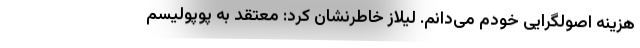
هزینه اصولگرایی خودم می‌دانم. لیلاز خاطرنشان کرد: معتقد به پوپولیسم